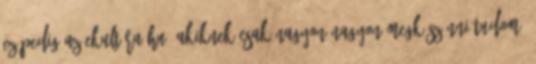
Ez pedig az Ekultúra.hu. Akiknek csak nagyon-nagyon megköszönni tudom,